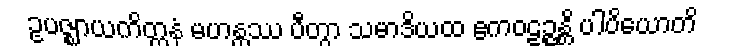
ဥပဇ္ဈာယကိတ္တနံ မဟန္တဿ ပီတွာ သမာဒိယထ ဧကဝဠဉ္ဇန္တိ ပါပိယောတိ